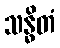
သန္ဓိတံ